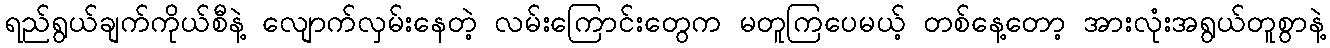
ရည်ရွယ်ချက်ကိုယ်စီနဲ့ လျောက်လှမ်းနေတဲ့ လမ်းကြောင်းတွေက မတူကြပေမယ့် တစ်နေ့တော့ အားလုံးအရွယ်တူစွာနဲ့